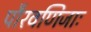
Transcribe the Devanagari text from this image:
पौरवणिजाः